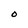
Character: O